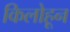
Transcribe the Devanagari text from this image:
किलोहून